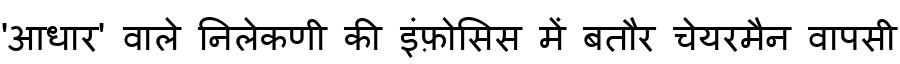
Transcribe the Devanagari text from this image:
'आधार' वाले निलेकणी की इंफ़ोसिस में बतौर चेयरमैन वापसी